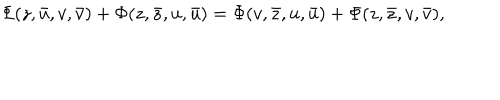
\Phi ( z , \bar { u } , v , \bar { v } ) + \Phi ( z , \bar { z } , u , \bar { u } ) = \Phi ( v , \bar { z } , u , \bar { u } ) + \Phi ( z , \bar { z } , v , \bar { v } ) ,